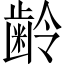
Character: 齢